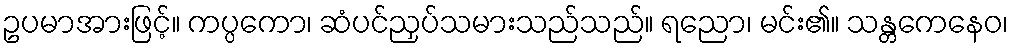
ဥပမာအားဖြင့်။ ကပ္ပကော၊ ဆံပင်ညှပ်သမားသည်သည်။ ရညော၊ မင်း၏။ သန္တကေနေဝ၊